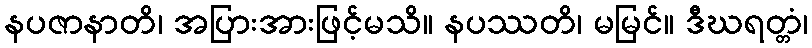
နပဇာနာတိ၊ အပြားအားဖြင့်မသိ။ နပဿတိ၊ မမြင်။ ဒီဃရတ္တံ၊